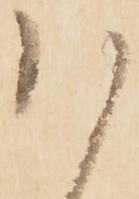
ハ